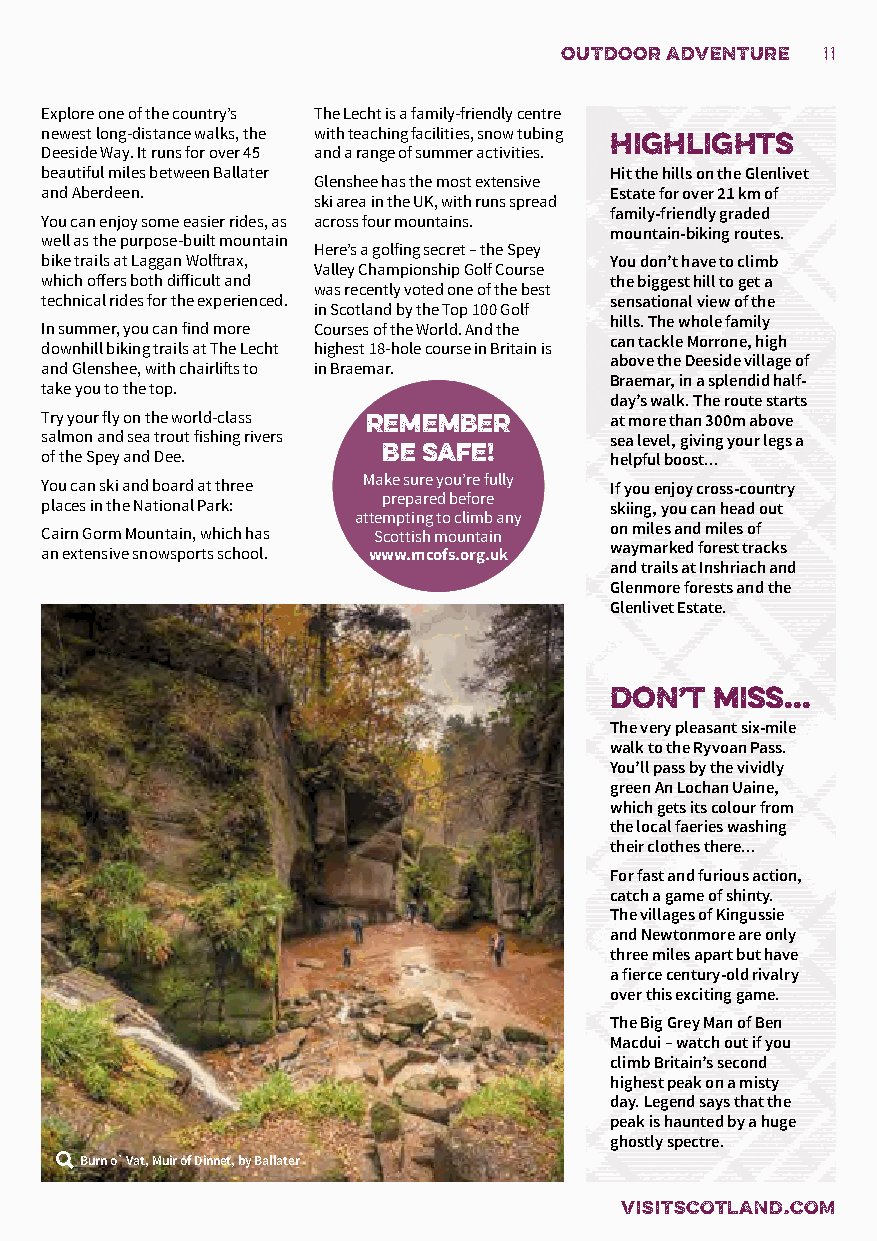
outdoor adventure 11
 Explore one of the country’s The Lecht is a family-friendly centre
 newest long-distance walks, the with teaching facilities, snow tubing
 highlights
 Deeside Way. It runs for over 45 and a range of summer activities.
 beautiful miles between Ballater     Hit the hills on the Glenlivet
 Glenshee has the most extensive
 and Aberdeen.                        Estate for over 21 km of
 ski area in the UK, with runs spread
 family-friendly graded
 You can enjoy some easier rides, as across four mountains.
 mountain-biking routes.
 well as the purpose-built mountain
 Here’s a golfing secret – the Spey
 bike trails at Laggan Wolftrax,      You don’t have to climb
 Valley Championship Golf Course
 which offers both difficult and      the biggest hill to get a
 was recently voted one of the best
 technical rides for the experienced. sensational view of the
 in Scotland by the Top 100 Golf
 hills. The whole family
 In summer, you can find more Courses of the World. And the
 can tackle Morrone, high
 downhill biking trails at The Lecht highest 18-hole course in Britain is
 above the Deeside village of
 and Glenshee, with chairlifts to in Braemar.
 Braemar, in a splendid half-
 take you to the top.
 day’s walk. The route starts
 Try your fly on the world-class remember at more than 300m above
 salmon and sea trout fishing rivers  sea level, giving your legs a
 of the Spey and Dee.  be safe!       helpful boost...
 You can ski and board at three Make sure you’re fully If you enjoy cross-country
 prepared before
 places in the National Park:         skiing, you can head out
 attempting to climb any
 Cairn Gorm Mountain, which has Scottish mountain on miles and miles of
 an extensive snowsports school. www.mcofs.org.uk waymarked forest tracks
 and trails at Inshriach and
 Glenmore forests and the
 Glenlivet Estate.
 don’t  miss...
 The very pleasant six-mile
 walk to the Ryvoan Pass.
 You’ll pass by the vividly
 green An Lochan Uaine,
 which gets its colour from
 the local faeries washing
 their clothes there...
 For fast and furious action,
 catch a game of shinty.
 The villages of Kingussie
 and Newtonmore are only
 three miles apart but have
 a fierce century-old rivalry
 over this exciting game.
 The Big Grey Man of Ben
 Macdui – watch out if you
 climb Britain’s second
 highest peak on a misty
 day. Legend says that the
 peak is haunted by a huge
 ghostly spectre.
 Burn o` Vat, Muir of Dinnet, by Ballater
 VISITSCOTLAND.COM